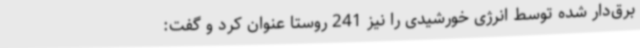
برق‌دار شده توسط انرژی خورشیدی را نیز 241 روستا عنوان کرد و گفت: